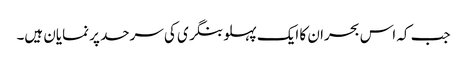
جب کہ اس بحران کا ایک پہلو بنگری کی سرحد پر نمایان ہیں۔